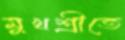
মুখশ্রীতে